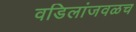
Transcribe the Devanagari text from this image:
वडिलांजवळच